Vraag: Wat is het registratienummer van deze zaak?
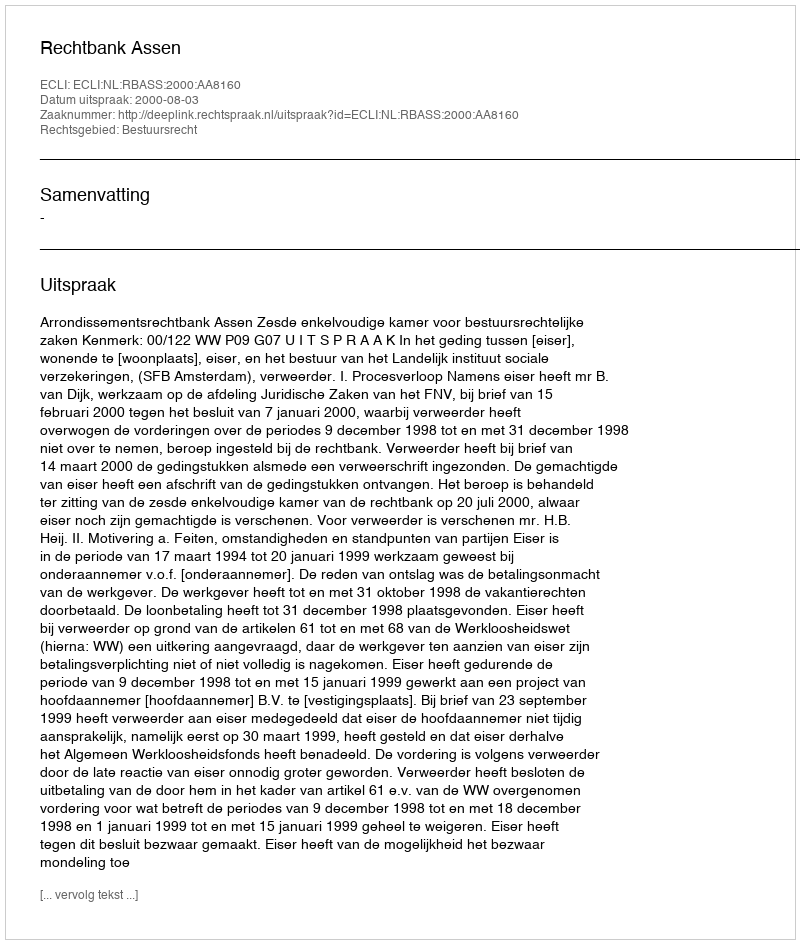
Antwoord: http://deeplink.rechtspraak.nl/uitspraak?id=ECLI:NL:RBASS:2000:AA8160